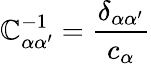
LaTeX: \mathbb{C}_{\alpha\alpha^{\prime}}^{-1}=\frac{{\delta_{\alpha\alpha^{\prime}}}}{{c_{\alpha}}}